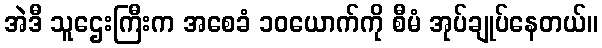
အဲဒီ သူဌေးကြီးက အစေခံ ၁၀ယောက်ကို စီမံ အုပ်ချုပ်နေတယ်။